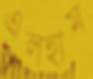
এলহাম